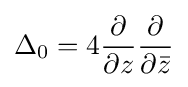
\Delta _{0}=4{\frac {\partial }{\partial z}}{\frac {\partial }{\partial {\bar {z}}}}